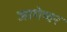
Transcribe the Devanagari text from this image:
जागेष्वर